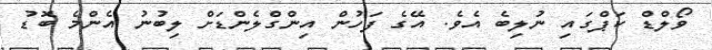
ވޯލްޑް ކަޕްގައި ނުލިބެ އެވެ. އޭގެ ފަހުން އިންގްލެންޑަށް ލިބުނު އެންމެ ބޮޑު